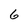
Character: 6